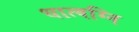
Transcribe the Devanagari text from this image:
धात्वग्नि